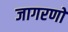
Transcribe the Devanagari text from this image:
जागरणों